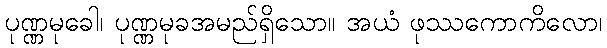
ပုဏ္ဏမုခေါ၊ ပုဏ္ဏမုခအမည်ရှိသော။ အယံ ဖုဿကောကိလော၊